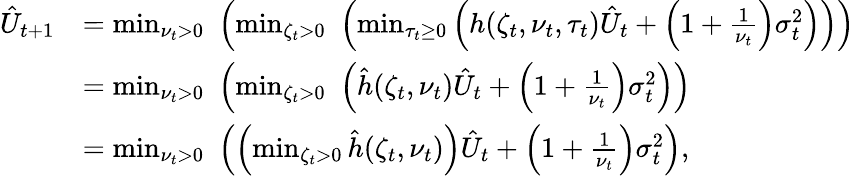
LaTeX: \begin{array}{rl}{\hat{U}_{t+1}}&{=\operatorname*{min}_{\nu_{t}>0}\, \, \left(\operatorname*{min}_{\zeta_{t}>0}\, \, \left(\operatorname*{min}_{\tau_{t}\geq 0}\left(h(\zeta_{t},\nu_{t},\tau_{t})\hat{U}_{t}+\left(1+\frac{1}{\nu_{t}}\right)\sigma_{t}^{2}\right)\right)\right)}\\ &{=\operatorname*{min}_{\nu_{t}>0}\, \, \left(\operatorname*{min}_{\zeta_{t}>0}\, \, \left(\hat{h}(\zeta_{t},\nu_{t})\hat{U}_{t}+\left(1+\frac{1}{\nu_{t}}\right)\sigma_{t}^{2}\right)\right)}\\ &{=\operatorname*{min}_{\nu_{t}>0}\, \, \left(\left(\operatorname*{min}_{\zeta_{t}>0}\hat{h}(\zeta_{t},\nu_{t})\right)\hat{U}_{t}+\left(1+\frac{1}{\nu_{t}}\right)\sigma_{t}^{2}\right),}\end{array}